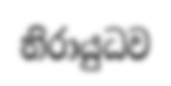
නිරායුධව